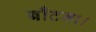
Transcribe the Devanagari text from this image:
बाँटना।